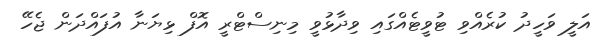
އަލީ ވަހީދު ކުރެއްވި ޓުވީޓެއްގައި ވިދާޅުވީ މިނިސްޓްރީ އޮފް ޅިޔަނާ އުފައްދަން ޖެހޭ